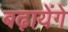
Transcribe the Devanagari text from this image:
बढ़ायेंगे